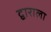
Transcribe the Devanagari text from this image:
द्वाराला